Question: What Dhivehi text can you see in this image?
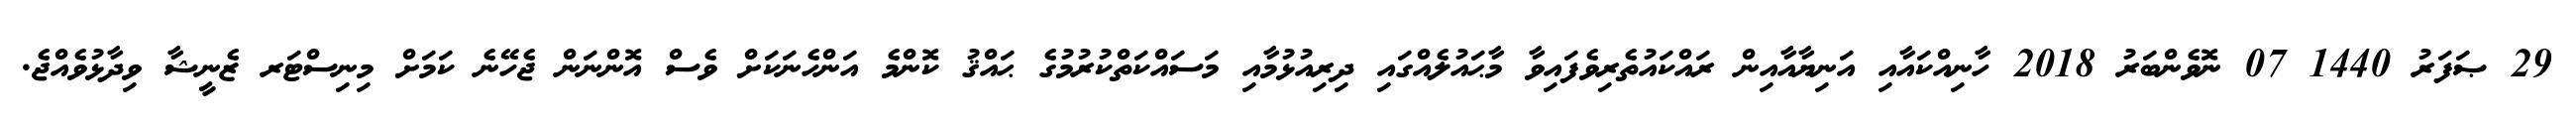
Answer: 29 ޞަފަރު 1440 07 ނޮވެންބަރު 2018 ހާނިއްކައާއި އަނިޔާއާއިން ރައްކައުތެރިވެފައިވާ މާޙައުލެއްގައި ދިރިއުޅުމާއި މަސައްކަތްކުރުމުގެ ޙައްޤު ކޮންމެ އަންހެނަކަށް ވެސް އޮންނަން ޖެހޭނެ ކަމަށް މިނިސްޓަރ ޒެނީޝާ ވިދާޅުވެއްޖެ.